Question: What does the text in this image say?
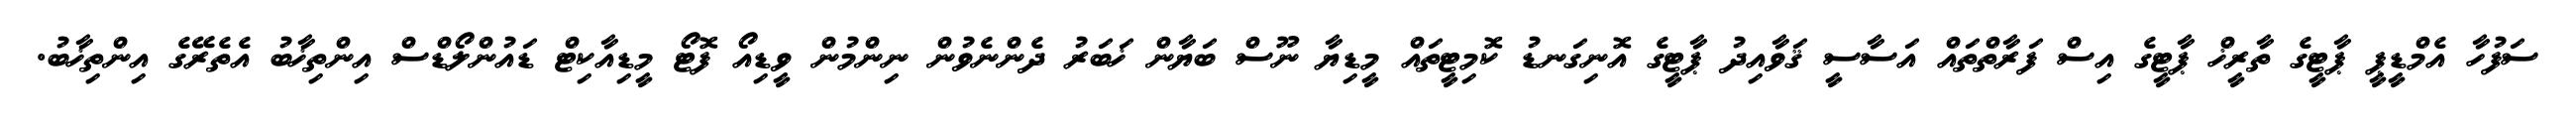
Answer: ސަފުހާ އެމްޑީޕީ ޕާޓީގެ ތާރީޚް ޕާޓީގެ އިސް ފަރާތްތައް އަސާސީ ޤަވާއިދު ޕާޓީގެ އޮނިގަނޑު ކޮމިޓީތައް މީޑިޔާ ނޫސް ބަޔާން ޚަބަރު ދެންނެވުން ނިންމުން ވީޑިއޯ ފޮޓޯ މީޑިއާކިޓް ޑައުންލޯޑްސް އިންތިޚާބު އެތެރޭގެ އިންތިޚާބު.